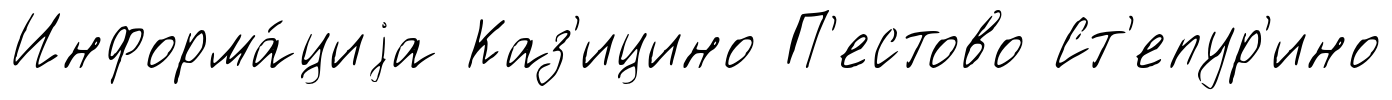
Информа́циjа Каз'ицино П'естово Ст'епур'ино